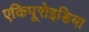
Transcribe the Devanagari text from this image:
एकिपूरोइडिया